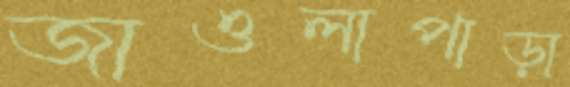
জাওলাপাড়া